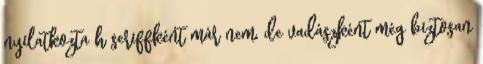
nyilatkozta h seriffként már nem, de vadászként még biztosan